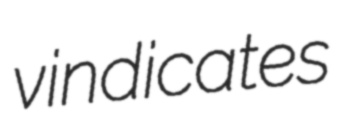
vindicates